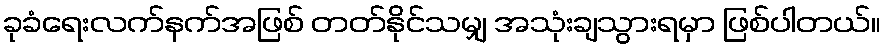
ခုခံရေးလက်နက်အဖြစ် တတ်နိုင်သမျှ အသုံးချသွားရမှာ ဖြစ်ပါတယ်။